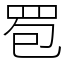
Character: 䍖